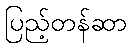
ပြည့်တန်ဆာ